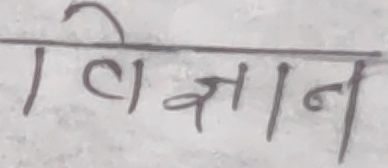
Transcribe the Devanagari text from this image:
विज्ञान